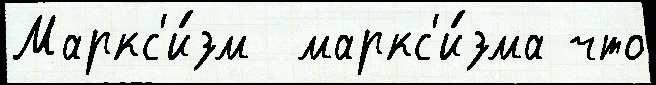
Маркс'и́зм  маркс'и́зма что